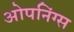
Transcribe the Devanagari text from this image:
ओपनिंग्स